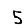
Digit: 5